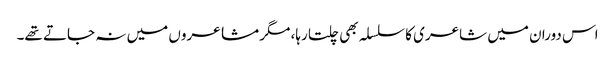
اس دوران میں شاعری کا سلسلہ بھی چلتا رہا، مگر مشاعروں میں نہ جاتے تھے۔